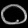
Digit: ၀